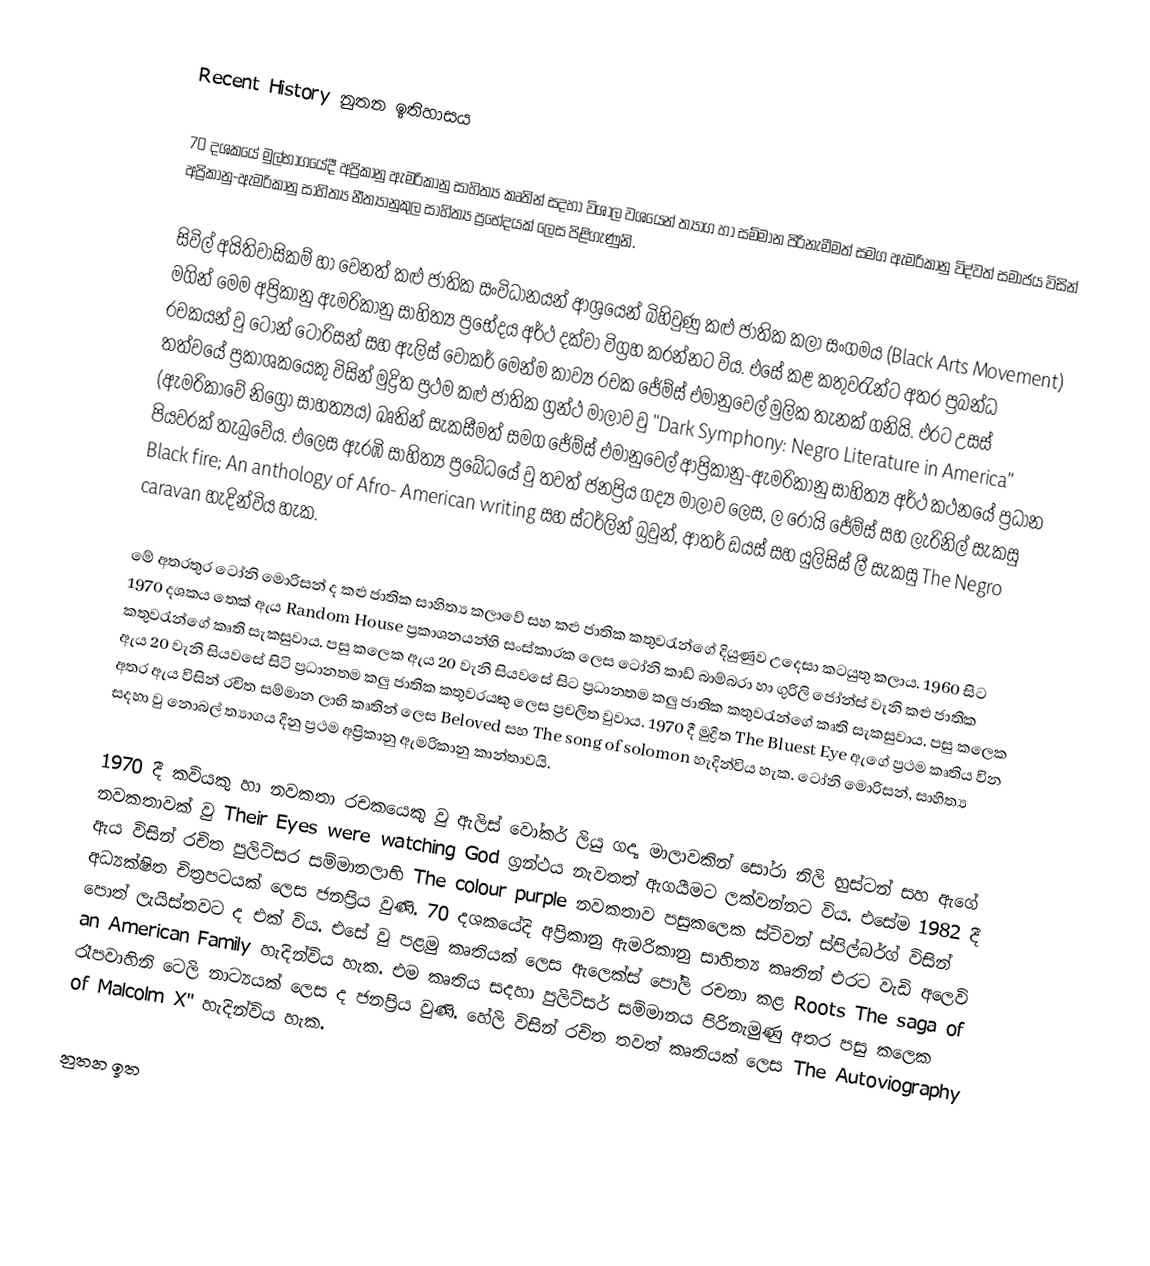
Recent History නුතන ඉතිහාසය

	70 දශකයේ මුල්භාගයේදී අප්‍රිකානු ඇමරිකානු සාහිත්‍ය කෘතින් සදහා විශාල වශයෙන් ත්‍යාග හා සම්මාන පිරිනැමීමත් සමග ඇමරිකානු විද්වත් සමාජය විසින් අප්‍රිකානු-ඇමරිකානු සාහිත්‍ය නීත්‍යානුකුල සාහිත්‍ය ප්‍රභේදයක් ලෙස පිළිගැණුනි.

	සිවිල් අයිතිවාසිකම් හා වෙනත් කළු ජාතික සංවිධානයන් ආශ්‍රයෙන් බිහිවුණු  කළු ජාතික කලා සංගමය  (Black Arts Movement) මගින් මෙම අප්‍රිකානු ඇමරිකානු සාහිත්‍ය ප්‍රභේදය අර්ථ දක්වා විග්‍රහ කරන්නට විය. එසේ කළ කතුවරැන්ට අතර ප්‍රබන්ධ රචකයන් වු ටොන් ටොරිසන් සහ ඇලිස් වෝකර් මෙන්ම ‍කාව්‍ය රචක ජේම්ස් එමානුවෙල් මුලික තැනක් ගනියි. එරට උසස් තත්වයේ ප්‍රකාශකයෙකු විසින් මුද්‍රිත ප්‍රථම කළු ජාතික ග්‍රන්ථ මාලාව වු "Dark Symphony: Negro Literature in America" (ඇමරිකාවේ නිග්‍රෝ සාහත්‍යය) ඛෘතින් සැකසීමත් සමග ජේම්ස් එමානුවෙල් ආප්‍රිකානු-ඇමරිකානු සාහිත්‍ය අර්ථ කථනයේ ප්‍රධාන පියවරක් තැබුවේය. එලෙස ඇරඹි සාහිත්‍ය ප්‍රබේධයේ වු තවත් ජනප්‍රිය ගද්‍ය මාලාව ලෙස, ල රෝයි ජේම්ස් සහ ලැරිනිල්  සැකසු   Black fire; An anthology of Afro- American writing  සහ ස්ටර්ලින් බ්‍රවුන්, ආතර් ඩයස් සහ යුලිසිස් ලී සැකසු The Negro caravan හැදින්විය හැක.

මේ අතරතුර ටෝනි මොරිසන් ද කළු ජාතික සාහිත්‍ය කලාවේ සහ කළු ජාතික  කතුවරැන්ගේ දියුණුව උදෙසා කටයුතු කලාය. 1960 සිට 1970 දශකය තෙක් ඇය    Random House ප්‍රකාශනයන්හි සංස්කාරක ලෙස ටෝනි කාඩ් බාම්බරා හා ගුරිලි ජෝන්ස් වැනි කළු ජාතික කතුවරැන්ගේ කෘති සැකසුවාය. පසු කලෙක ඇය 20 වැනි සියවසේ සිට ප්‍රධානතම කලු ජාතික කතුවරැන්ගේ කෘති සැකසුවාය. පසු කලෙක ඇය 20 වැනි සියවසේ සිටි ප්‍රධානතම කලු ජාතික කතුවර‍යකු ලෙස ප්‍රචලිත වුවාය. 1970 දී මුද්‍රිත  The Bluest Eye  ඇගේ ප්‍රථම කෘතිය වින අතර ඇය විසින් රචිත සම්මාන ලාභි කෘතින් ලෙස Beloved සහ  The song of solomon හැදින්විය හැක. ටෝනි මොරිසන්, සාහිත්‍ය සදහා වු නොබල් ත්‍යාගය දිනු ප්‍රථම අප්‍රිකානු ඇමරිකානු කා‍න්තාවයි.

1970 දී කවියකු හා නවකතා රචකයෙකු වු ඇලිස් වෝකර් ලියු ගද්‍ය මාලාවකින් සෝරා නිලි හුස්ටන් සහ ඇගේ නවකතාවක් වු   Their Eyes were watching God  ග්‍රන්ථය නැවතත් ඇගයීමට ලක්වන්නට විය. එසේම 1982 දී ඇය විසින් රචිත පුලිට්සර සම්මානලාභි The colour purple   නවකතාව පසුකලෙක ස්ටිවන් ස්පිල්බර්ග් විසින් අධ්‍යක්ෂිත චිත්‍රපටයක් ලෙස ජනප්‍රිය වුණි. 70 දශකයේදි අප්‍රිකානු ඇමරිකානු සාහිත්‍ය කෘතින් එරට වැඩි අලෙවි පොත් ලැයිස්තවට ද එක් විය. එසේ වු පළමු කෘතියක් ලෙස ඇලෙක්ස් පෝලි රචනා කළ Roots The saga of an American Family  හැදින්විය හැක.  එම කෘතිය සදහා පුලිට්සර් සම්මානය පිරිනැමුණු අතර පසු කලෙක රෑපවාහිනි ටෙලි නාට්‍යයක් ලෙස ද ජනප්‍රිය වුණි. හේලි විසින් රචිත තවත් කෘතියක් ලෙස The Autoviography of Malcolm X"  හැදින්විය හැක.

නුතන ඉත